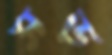
সড়